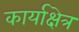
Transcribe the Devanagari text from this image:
कार्याक्षेत्र